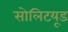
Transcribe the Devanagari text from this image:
सोलिटयूड